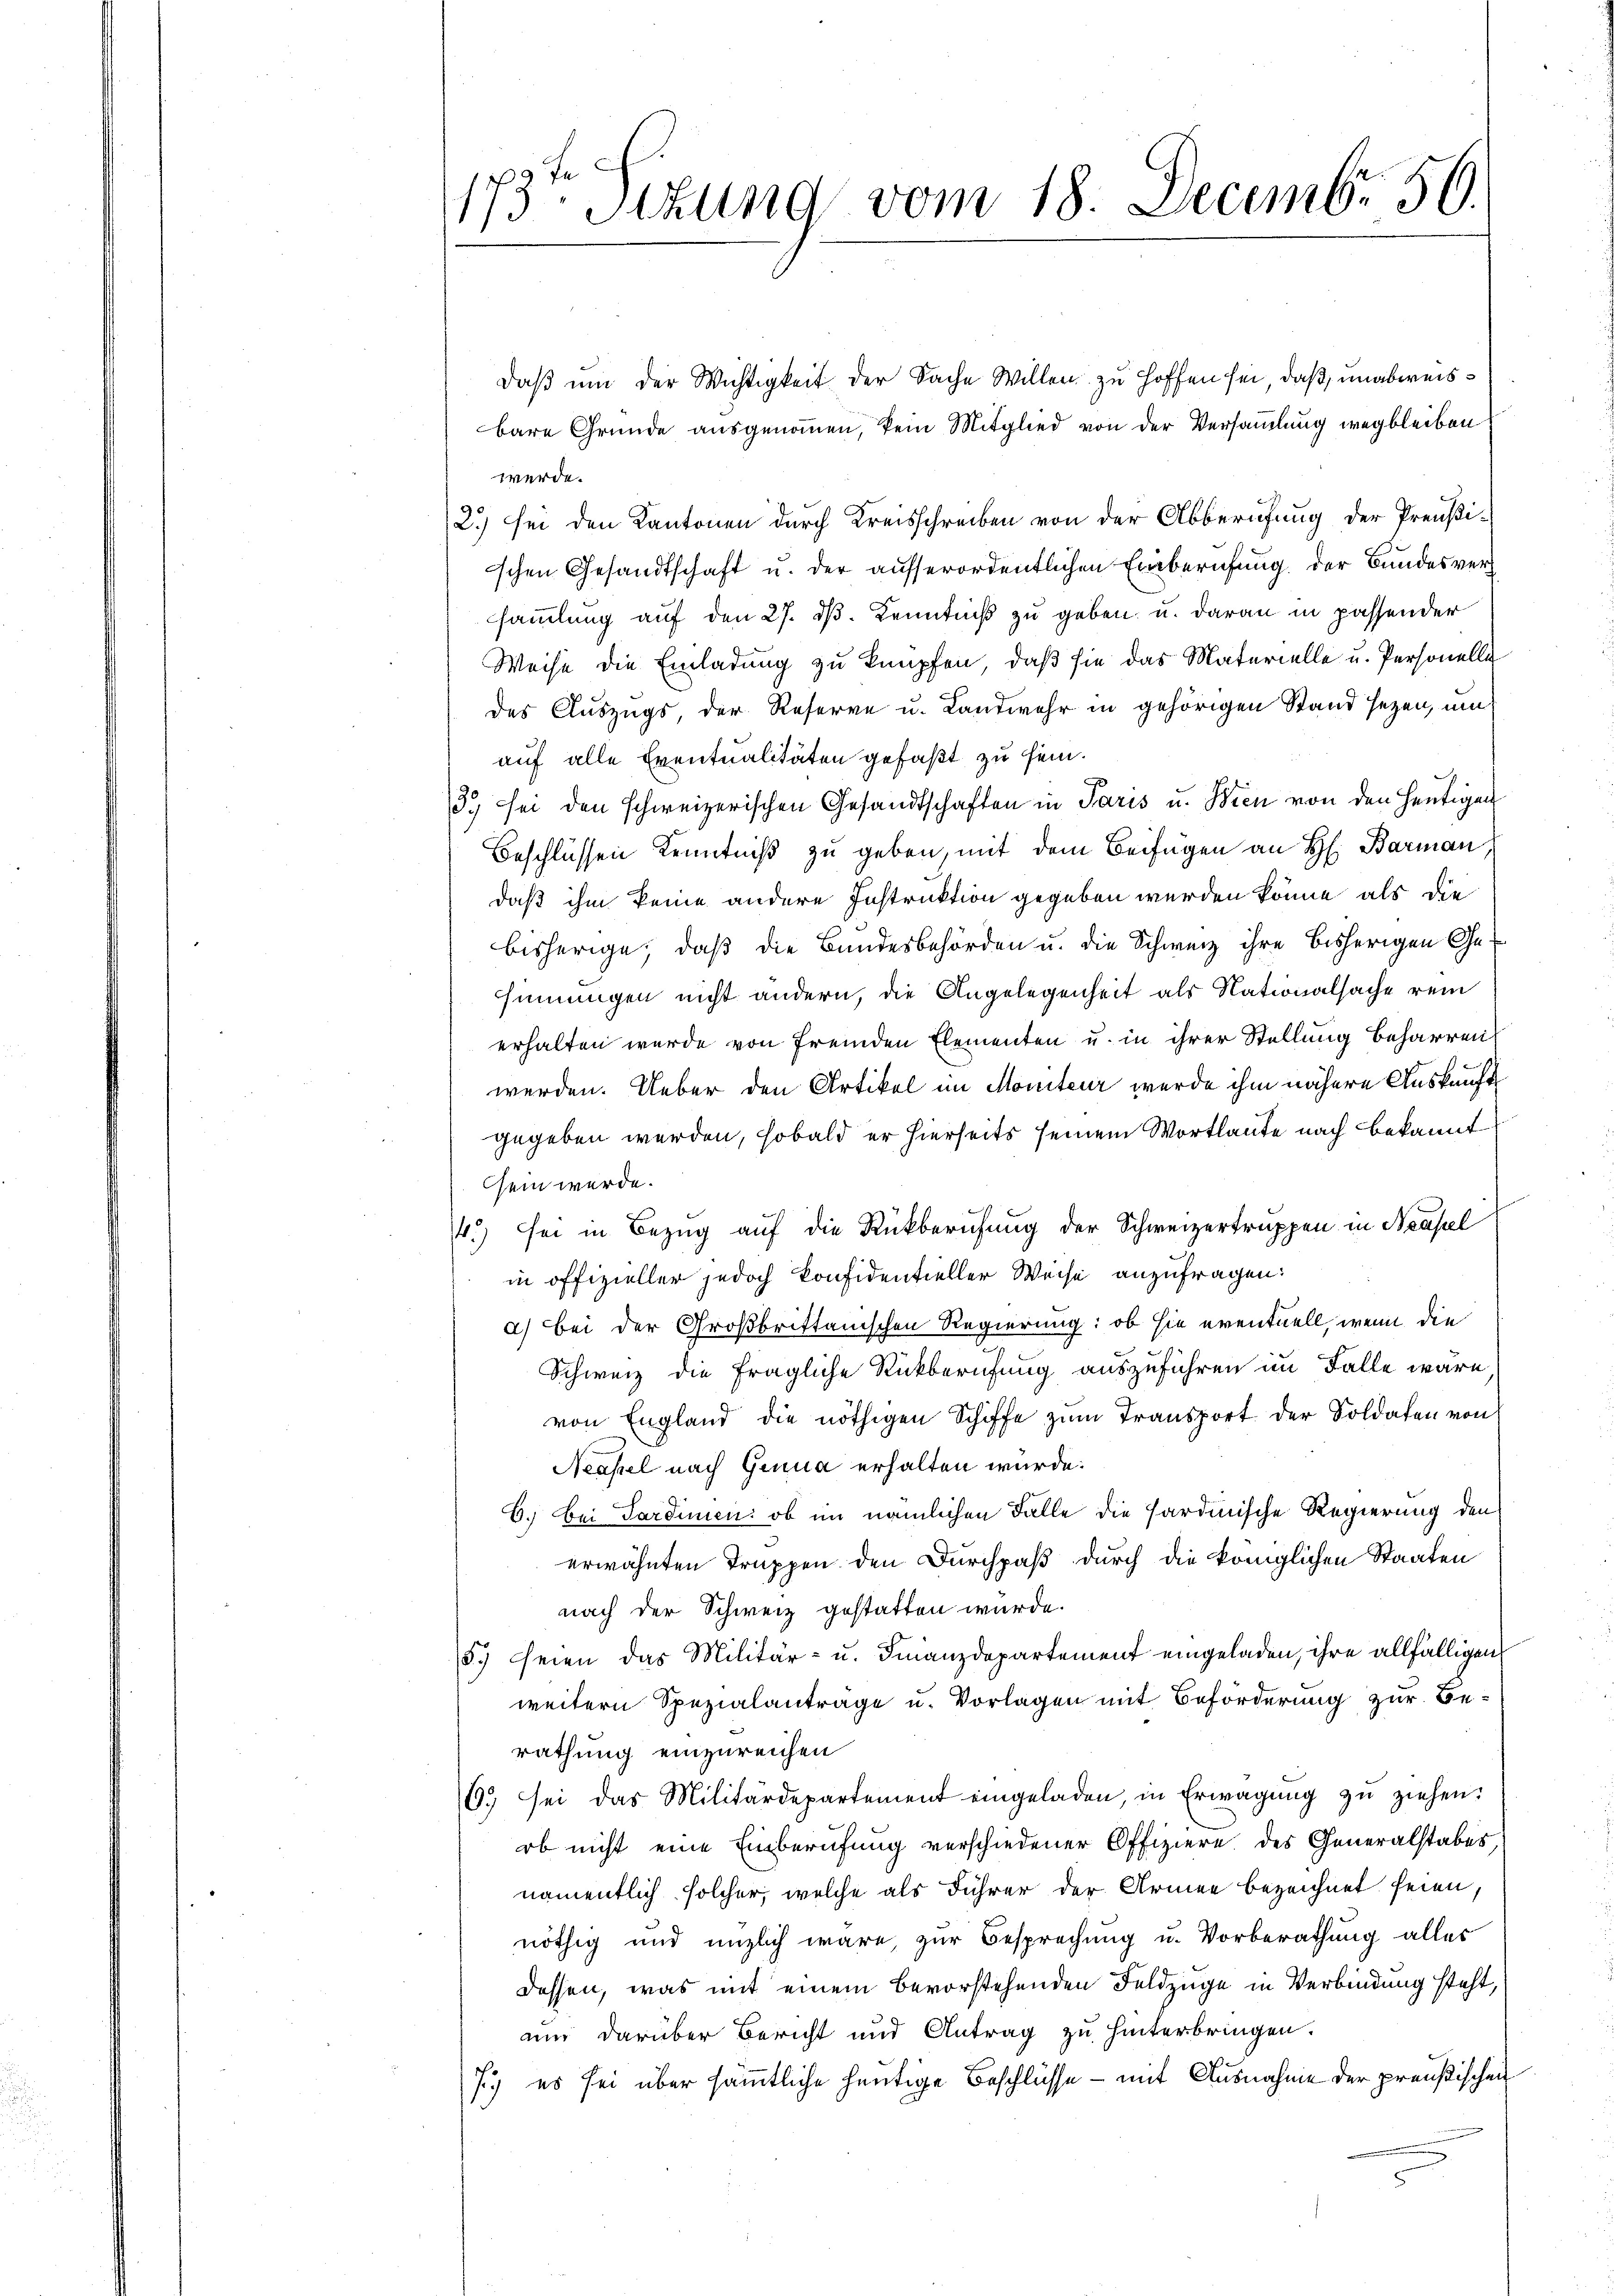
173ten Sizung vom 18. December 50.

daß um der Wichtigkeit der Sache Willen zu hoffen sei, daß unabweisbare Gründe ausgenommen, kein Mitglied von der Versammlung wegbleiben
werde.
2.) sei den Kantonen durch Kreisschreiben von der Abberufung der Preußi¬
'schen Gesandtschaft u. der ausserordentlichen Einberufung der Bundesverh
sammlung auf den 27. dβ. Kenntniß zu geben, u. daran in passender
Weise die Einladung zu knüpfen, daß sie das Materielle u. Personelle
des Auszugs, der Reserve u. Landwehr in gehörigen Stand sezen, um
auf alle Eventualitäten gefaßt zu sein.
3. sei den schweizerischen Gesandtschaften in Paris u. Wien von den heutigen
Beschlüssen Kenntniß zu geben, mit dem Beifügen an H. Barman
daß ihm keine andere Instruktion gegeben werden könne, als die
bisherige, daß die Bundesbehörden u. die Schweiz ihre bisherigen Gesinnungen nicht andern, die Angelegenheit als Nationalsache rein
erhalten wurde von fremden Elementen u. in ihrer Stellung beharren
werden. Ueber den Artikel im Moniteur werde ihm nähere Auskunft
gegeben werden, sobald er hierseits seinem Wortlaute nach bekannt
sein werde.
4.) sei in Bezug auf die Rückberufung der Schweizertruppen in Neapel
in offizieller jedoch konfidentieller Weise anzufragen:
a) Bei der Großbrittanischen Regierung: ob sie eventuell, wenn die
Schweiz die fragliche Rückberufung auszuführen im Falle wäre,
von England die nöthigen Schiffe zum Transport der Soldaten von
Neapel nach Genua erhalten würde.
B. Bei Sardinien: ob im nämlichen Falle die Hardinische Regierung den
erwähnten Truppen den Durchpaß durch die königlichen Staaten
nach der Schweiz gestatten würde.
5. seien das Militär- u. Finanzdepartement eingeladen, ihre allfälligen
weitern Spezialantrage u. Vorlagen mit Beförderung zur Berathung einzureichen
6. sei das Militärdepartement eingeladen, in Erwägŭng zŭ ziehen.
ob nicht eine Einberufung verschiedener Offiziere des Generalstabes,
namentlich solcher, welche als Führer der Armen bezeichnet seien,
nöthig und unzlich wäre, zur Besprechung u. Vorberathung alles
dessen, was mit einem bevorstehenden Feldzüge in Verbindung steht,
am darüber Bericht und Antrag zu hinterbringen.
7.) es sei über sämmtliche heutige Beschlüsse - mit Ausnahme der preußischen